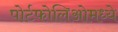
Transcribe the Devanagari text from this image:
पोर्टफोलिओमध्ये